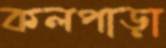
কলপাড়া